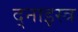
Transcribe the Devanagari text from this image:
द्नाइस्त्र